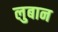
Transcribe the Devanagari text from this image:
लुबान